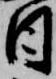
日